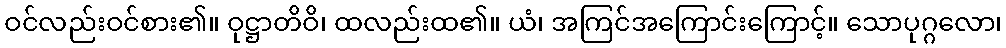
ဝင်လည်းဝင်စား၏။ ဝုဋ္ဌာတိဝိ၊ ထလည်းထ၏။ ယံ၊ အကြင်အကြောင်းကြောင့်။ သောပုဂ္ဂလော၊